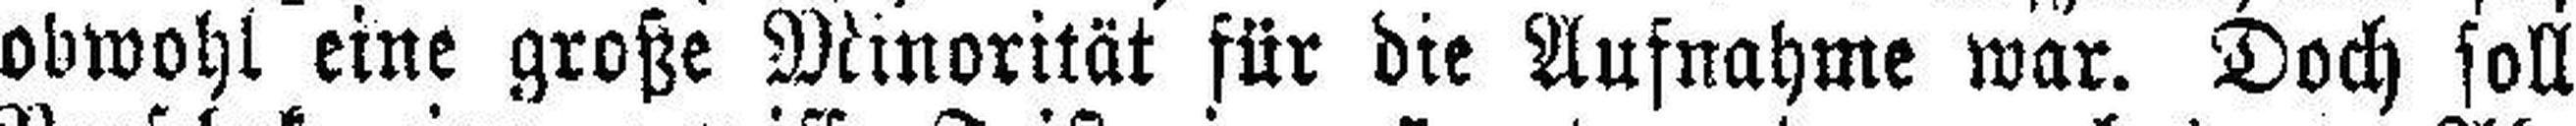
obwohl eine große Minorität für die Aufnahme war. Doch soll